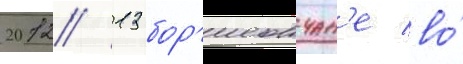
2012/ 13 бор'исовчан'е во́